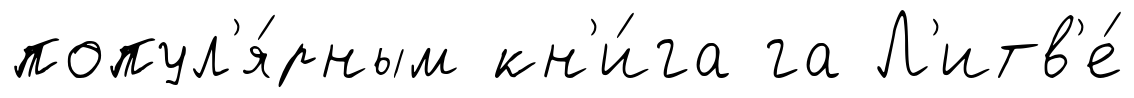
попул'я́рным кн'и́га га Л'итв'е́